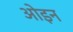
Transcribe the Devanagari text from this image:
ओइन